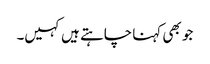
جو بھی کہنا چاہتے ہیں کہیں۔